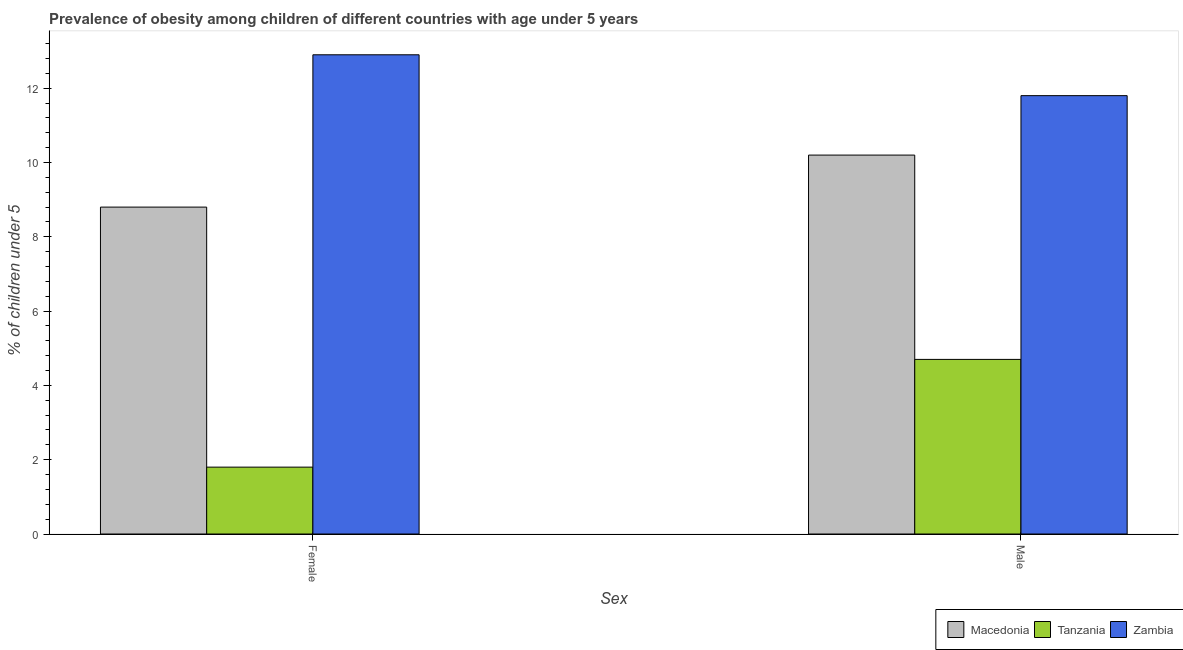
| Sex | Macedonia | Tanzania | Zambia |
 | --- | --- | --- | --- |
 | Female | 8.8 | 1.8 | 12.9 |
 | Male | 10.2 | 4.7 | 11.8 |